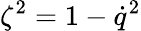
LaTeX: \zeta^{2}=1-\dot{q}^{2}